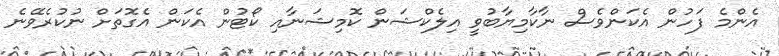
އެންމެ ފަހުން އެކަންވެސް ނާކާމިޔާބުވީ އިލެކްޝަން ކޮމިޝަނާއި ކޯޓުން އެކަން އެގޮތަށް ނުކުރެވޭނެ